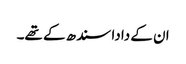
ان کے دادا سندھ کے تھے۔